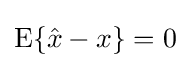
\operatorname {E} \{{\hat {x}}-x\}=0